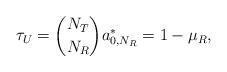
LaTeX: \begin{align*}\tau_U=\binom{N_T}{N_R}a^*_{0,N_R}=1-\mu_R,\end{align*}